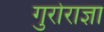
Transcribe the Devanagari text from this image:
गुरोराज्ञा